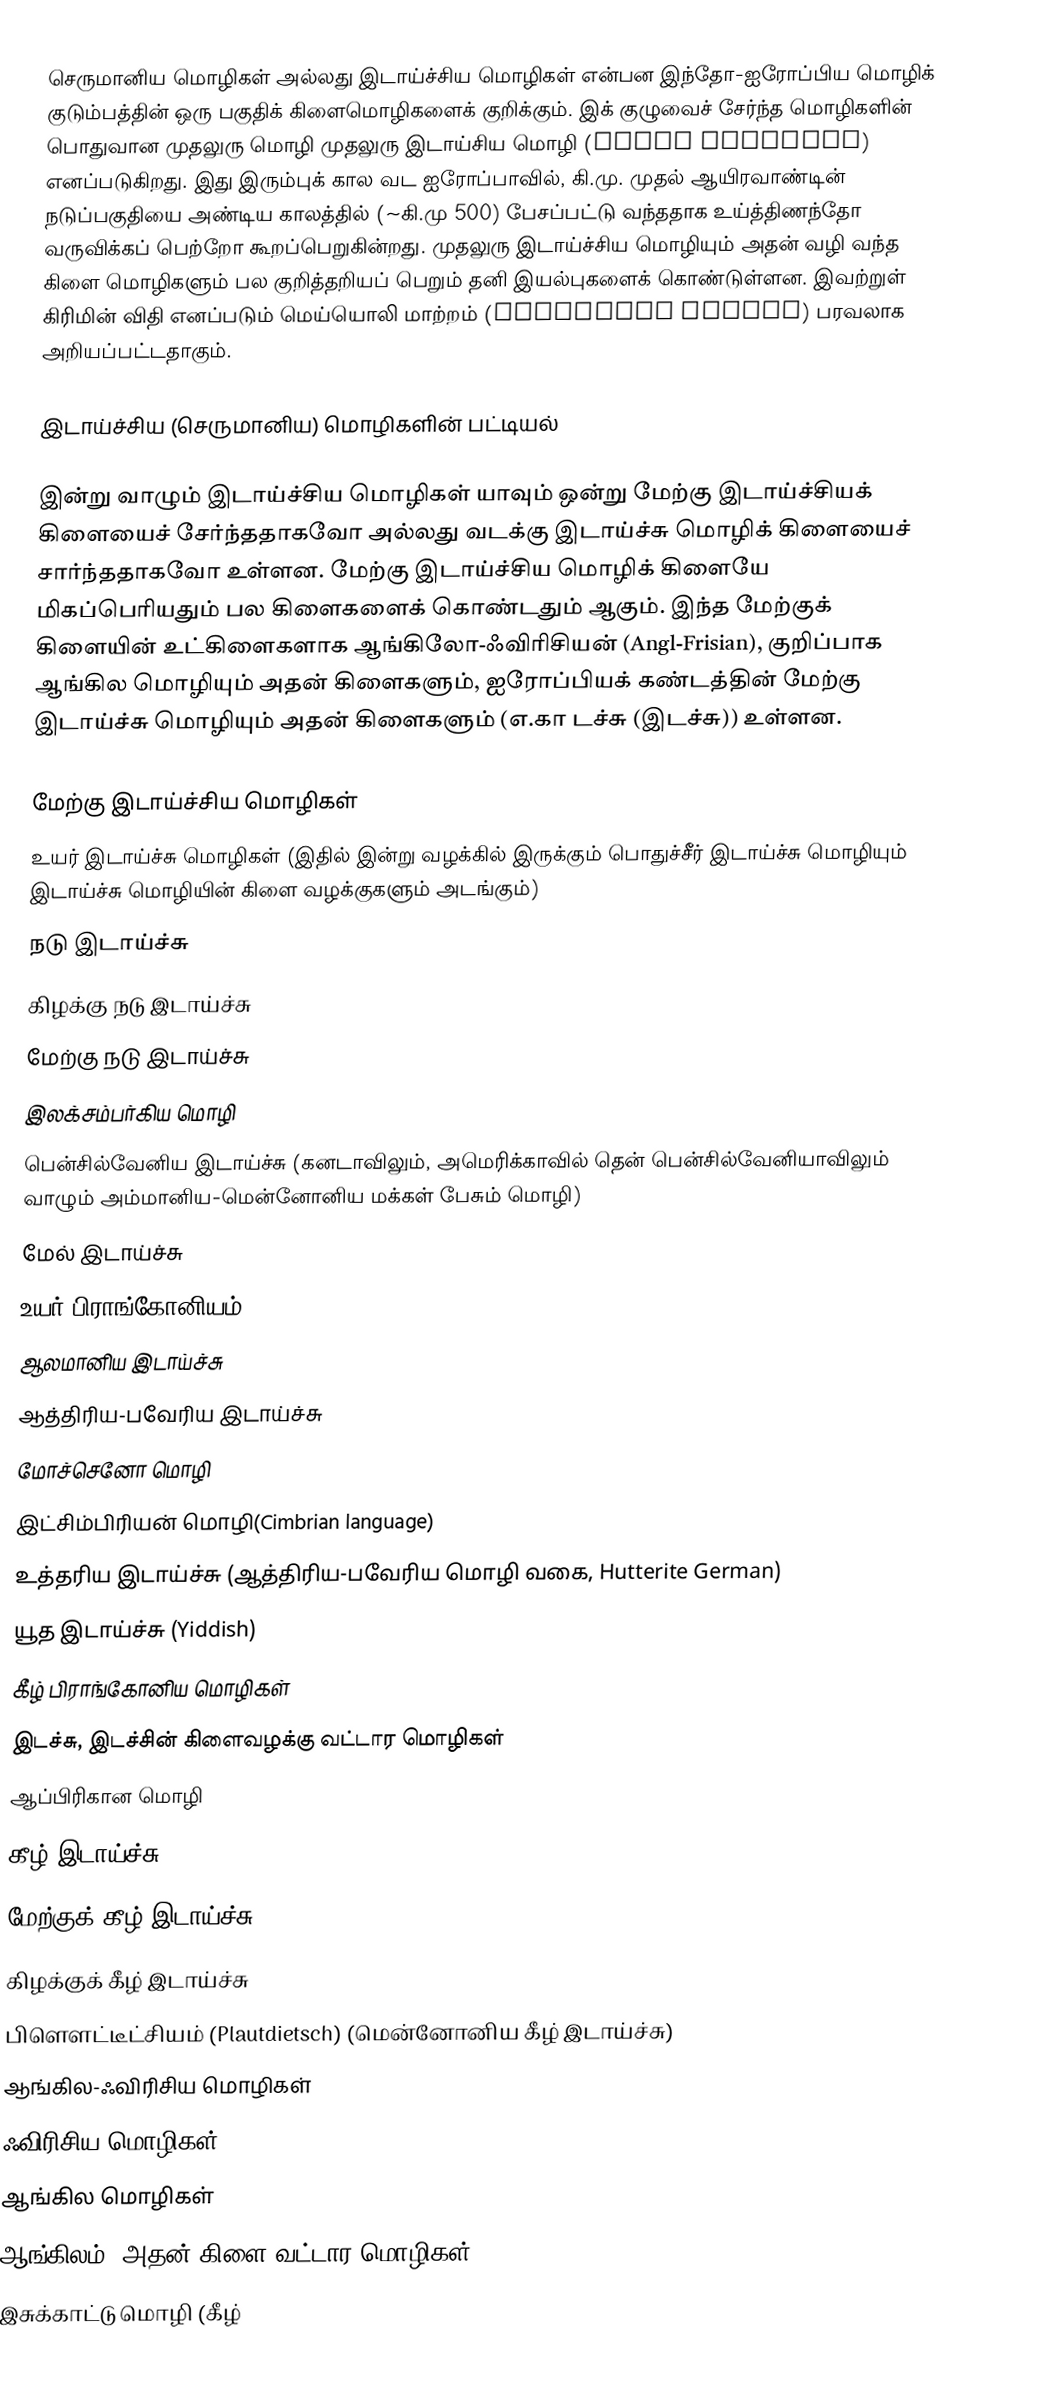
செருமானிய மொழிகள் அல்லது இடாய்ச்சிய மொழிகள் என்பன இந்தோ-ஐரோப்பிய மொழிக் குடும்பத்தின் ஒரு பகுதிக் கிளைமொழிகளைக் குறிக்கும். இக் குழுவைச் சேர்ந்த மொழிகளின் பொதுவான முதலுரு மொழி முதலுரு இடாய்சிய மொழி (Proto Germanic) எனப்படுகிறது. இது இரும்புக் கால வட ஐரோப்பாவில், கி.மு. முதல் ஆயிரவாண்டின் நடுப்பகுதியை அண்டிய காலத்தில் (~கி.மு 500)  பேசப்பட்டு வந்ததாக உய்த்திணந்தோ வருவிக்கப் பெற்றோ கூறப்பெறுகின்றது. முதலுரு இடாய்ச்சிய மொழியும் அதன் வழி வந்த கிளை மொழிகளும் பல குறித்தறியப் பெறும் தனி இயல்புகளைக் கொண்டுள்ளன. இவற்றுள் கிரிமின் விதி எனப்படும் மெய்யொலி மாற்றம் (consonant change) பரவலாக அறியப்பட்டதாகும்.

இடாய்ச்சிய (செருமானிய) மொழிகளின் பட்டியல்

இன்று வாழும் இடாய்ச்சிய மொழிகள் யாவும் ஒன்று மேற்கு இடாய்ச்சியக் கிளையைச் சேர்ந்ததாகவோ அல்லது வடக்கு இடாய்ச்சு மொழிக் கிளையைச் சார்ந்ததாகவோ உள்ளன. மேற்கு இடாய்ச்சிய மொழிக் கிளையே மிகப்பெரியதும் பல கிளைகளைக் கொண்டதும் ஆகும். இந்த மேற்குக் கிளையின் உட்கிளைகளாக ஆங்கிலோ-ஃவிரிசியன் (Angl-Frisian), குறிப்பாக ஆங்கில மொழியும் அதன் கிளைகளும், ஐரோப்பியக் கண்டத்தின் மேற்கு இடாய்ச்சு மொழியும் அதன் கிளைகளும் (எ.கா டச்சு (இடச்சு)) உள்ளன.

 மேற்கு இடாய்ச்சிய மொழிகள்
 உயர் இடாய்ச்சு மொழிகள் (இதில் இன்று வழக்கில் இருக்கும் பொதுச்சீர் இடாய்ச்சு மொழியும் இடாய்ச்சு மொழியின் கிளை வழக்குகளும் அடங்கும்)
 நடு இடாய்ச்சு
 கிழக்கு நடு இடாய்ச்சு
 மேற்கு நடு இடாய்ச்சு
 இலக்சம்பர்கிய மொழி
 பென்சில்வேனிய இடாய்ச்சு (கனடாவிலும், அமெரிக்காவில் தென் பென்சில்வேனியாவிலும் வாழும் அம்மானிய-மென்னோனிய மக்கள் பேசும் மொழி)
 மேல் இடாய்ச்சு
உயர் பிராங்கோனியம்
 ஆலமானிய இடாய்ச்சு
 ஆத்திரிய-பவேரிய இடாய்ச்சு
 மோச்செனோ மொழி
 இட்சிம்பிரியன் மொழி(Cimbrian language)
 உத்தரிய இடாய்ச்சு (ஆத்திரிய-பவேரிய மொழி வகை, Hutterite German)
 யூத இடாய்ச்சு (Yiddish)
 கீழ் பிராங்கோனிய மொழிகள்
 இடச்சு, இடச்சின் கிளைவழக்கு வட்டார மொழிகள்
 ஆப்பிரிகான மொழி
 கீழ் இடாய்ச்சு
 மேற்குக் கீழ் இடாய்ச்சு
 கிழக்குக் கீழ் இடாய்ச்சு
 பிளௌட்டீட்சியம் (Plautdietsch) (மென்னோனிய கீழ் இடாய்ச்சு)
 ஆங்கில-ஃவிரிசிய மொழிகள்
 ஃவிரிசிய மொழிகள்
 ஆங்கில மொழிகள்
 ஆங்கிலம், அதன் கிளை வட்டார மொழிகள்
 இசுக்காட்டு மொழி (கீழ்